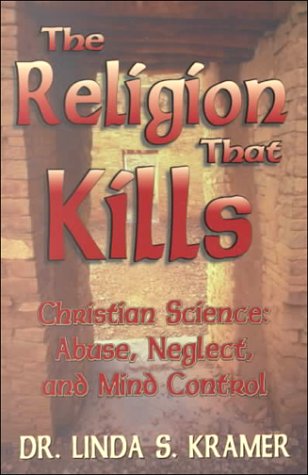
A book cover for The Religion That Kills: Christian Science: Abuse, Neglect, and Mind Control; Linda S. Kramer; Christian Books & Bibles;